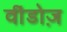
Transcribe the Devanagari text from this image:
वींडोज़